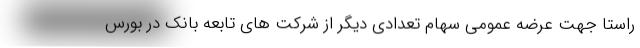
راستا جهت عرضه عمومی سهام تعدادی دیگر از شرکت های تابعه بانک در بورس